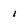
Character: i